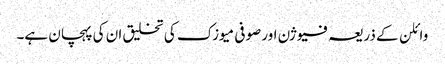
وائلن کے ذریعہ فیوژن اور صوفی میوزک کی تخلیق ان کی پہچان ہے۔